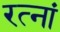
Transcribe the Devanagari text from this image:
रत्‍नां